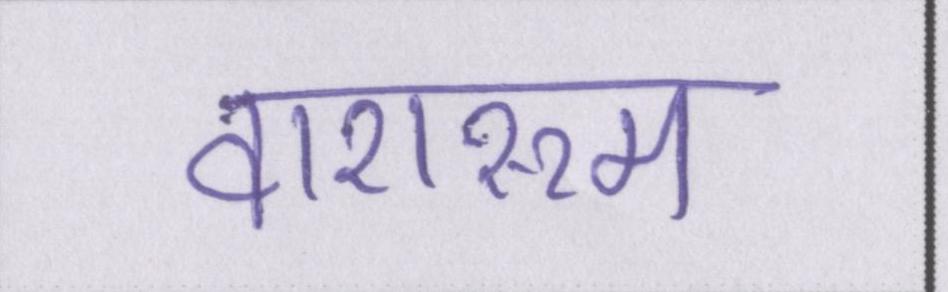
वाशरूम